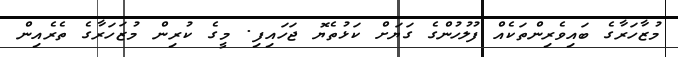
މުޒާހަރާގެ ބައިވެރިންތަކެއް ފުލުހުންގެ ގަޔަށް ކަޅުތެޔޮ ޖަހައިފި. މީގެ ކުރިން މުޒަހަރާގެ ތެރެއިން